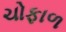
ચોફાળ